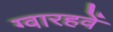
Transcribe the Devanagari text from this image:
ग्वारहवें